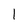
Character: 1